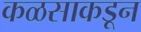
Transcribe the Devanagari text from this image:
कळसाकडून